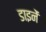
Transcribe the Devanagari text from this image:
डाइनें